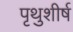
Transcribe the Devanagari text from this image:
पृथुशीर्ष